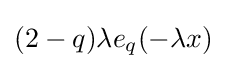
(2-q)\lambda e_{q}(-\lambda x)